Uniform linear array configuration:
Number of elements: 8
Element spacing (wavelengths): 0.75
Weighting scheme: exponential
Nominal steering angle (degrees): -60
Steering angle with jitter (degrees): -59.131
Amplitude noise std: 0.05
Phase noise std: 0.05

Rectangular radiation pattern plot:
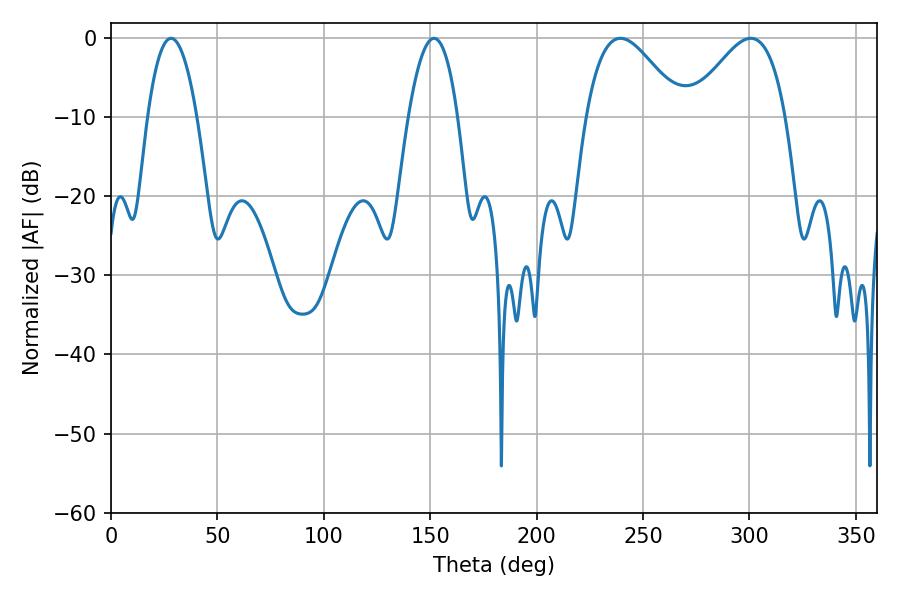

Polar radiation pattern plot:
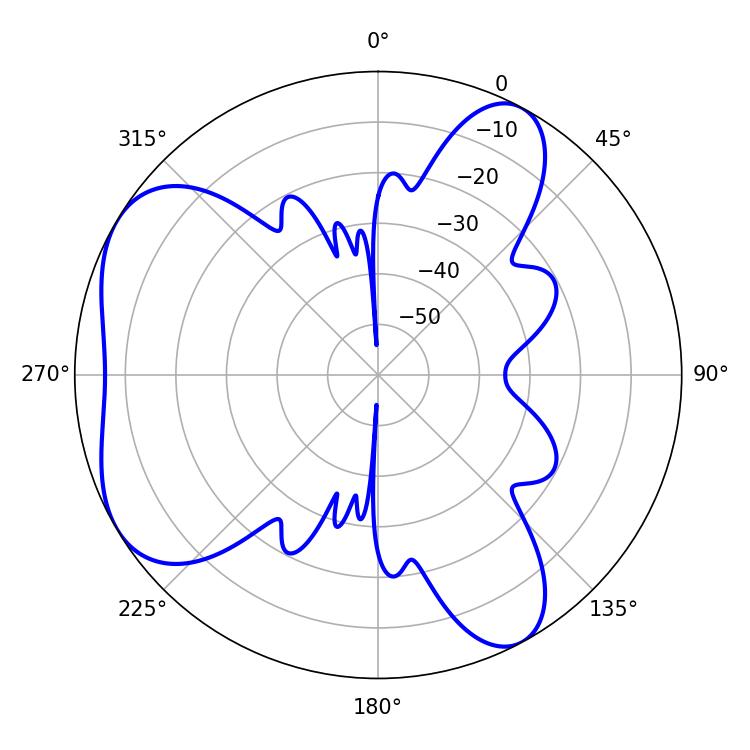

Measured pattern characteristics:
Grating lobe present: TRUE
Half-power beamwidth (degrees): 24.12
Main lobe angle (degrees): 239.4